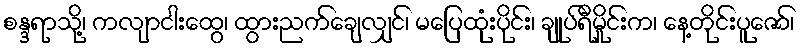
စန္ဒရာသို့၊ ကလျာငါးထွေ၊ ထွားညက်ချေလျှင်၊ မပြေထုံးပိုင်း၊ ချုပ်ရီမှိုင်းက၊ နေ့တိုင်းပူဇော်၊